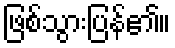
ဖြစ်သွားပြန်၏။